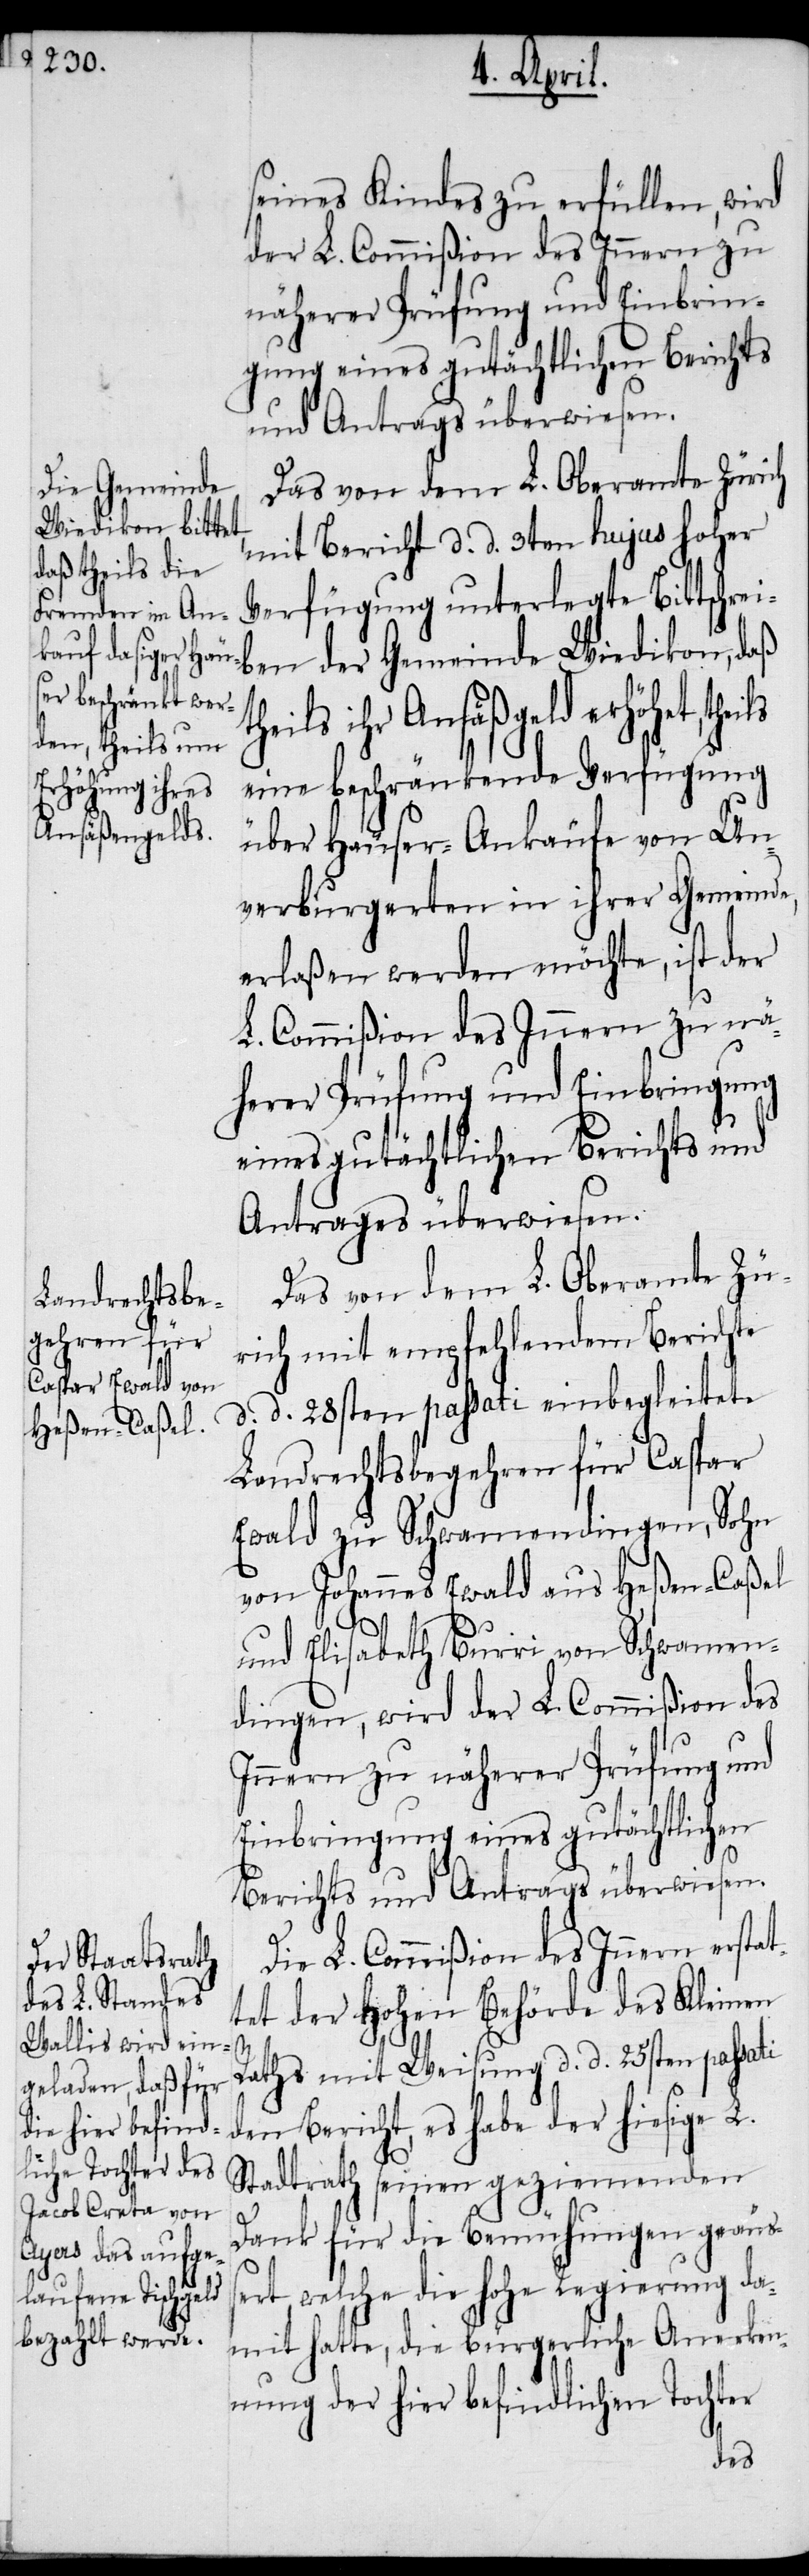
seines Kindes zu erfüllen, wird
der L. Commißion des Innern zu
näherer Prüfung und Einbrin¬
gung eines gutächtlichen Berichts
und Antrags überwiesen.
Das von dem L. Oberamte Zürich
mit Bericht d. d. 3ten hujus hoher
Verfügung unterlegte Bittschrei¬
ben der Gemeinde Wiedikon, daß
ihr Ansäßgeld erhöhet, th¬
eine beschränkende Verfügung
über Häuser-Ankäufe von Un¬
verburgerten in ihrer Gemeinde,
erlaßen werden möchte, ist der
L. Commißion des Innern zu nä¬
herer Prüfung und Einbringung
eines gutächtlichen Berichts und
Antrages überwiesen.
Das von dem L. Oberamte Zü¬
rich mit empfehlendem Berichte
d. d. 28sten passati einbegleitete
Landrechtsbegehren für Caspar
Ewald zu Schwamendingen, Sohn
von Johannes Ewald aus Heßen-Caßel
und Elisabeth Burri von Schwamen¬
dingen, wird der L. Commißion des
Innern zu näherer Prüfung und
Einbringung eines gutächtlichen
Berichts und Antrags überwiesen.
Die L. Commißion des Innern erstat¬
tet der Hohen Behörde des Kleinen
Raths mit Weisung d. d. 25sten passati
den Bericht, es habe der hiesige L.
Stadtrath seinen geziemenden
Dank für die Bemühungen geäuß¬
ert, welche die hohe Regierung da¬
mit hatte, die bürgerliche Anerken¬
nung der hier befindlichen Tochter
eils